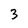
Character: 3